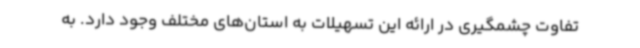
تفاوت چشمگیری در ارائه این تسهیلات به استان‌های مختلف وجود دارد. به